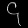
Digit: ၄